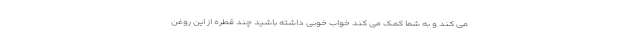
می کند و به شما کمک می کند خواب خوبی داشته باشید چند قطره از این روغن